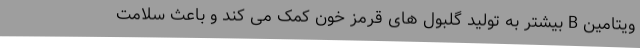
ویتامین B بیشتر به تولید گلبول های قرمز خون کمک می کند و باعث سلامت